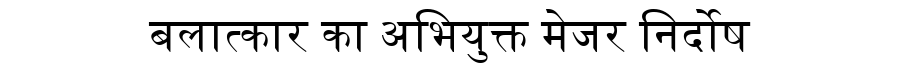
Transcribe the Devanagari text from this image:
बलात्कार का अभियुक्त मेजर निर्दोष